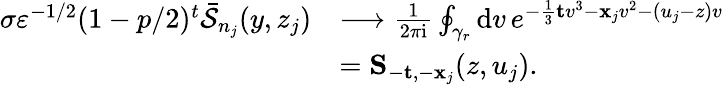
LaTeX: \begin{array}{rl}{\sigma\varepsilon^{-1/2}(1-p/2)^{t}\bar{\mathcal{S}}_{n_{j}}(y,z_{j})}&{\longrightarrow\frac{1}{2\pi\mathrm{i}}\oint_{\gamma_{r}}\mathrm{d}v\, e^{-\frac{1}{3}\mathbf{t}v^{3}-\mathbf{x}_{j}v^{2}-(u_{j}-z)v}}\\ &{=\mathbf{S}_{-\mathbf{t},-\mathbf{x}_{j}}(z,u_{j}).}\end{array}